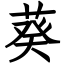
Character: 葵